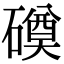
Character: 磸